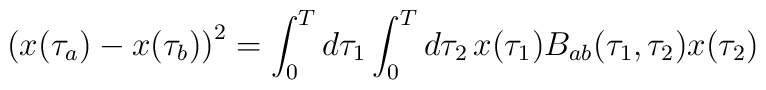
{(x(\tau_a)-x(\tau_b))}^2= \int_0^T d\tau_1 \int_0^T d\tau_2\,x(\tau_1)B_{ab}(\tau_1,\tau_2)x(\tau_2)